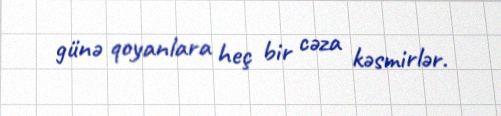
günə qoyanlara heç bir cəza kəsmirlər.